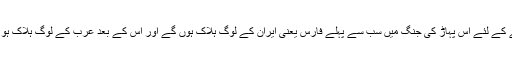
یعنی سونے کے لئے اس پہاڑ کی جنگ میں سب سے پہلے فارس یعنی ایران کے لوگ ہلاک ہوں گے اور اس کے بعد عرب کے لوگ ہلاک ہو جایئں گے۔